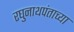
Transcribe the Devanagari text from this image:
रघुनाथपंताच्या